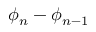
\phi _ { n } - \phi _ { n - 1 }